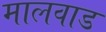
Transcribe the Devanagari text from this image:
मालवाड